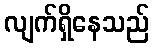
လျက်ရှိနေသည်